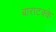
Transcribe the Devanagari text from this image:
बाराटक्के